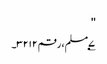
''
۷؂مسلم، رقم ۳۲۱۲۔